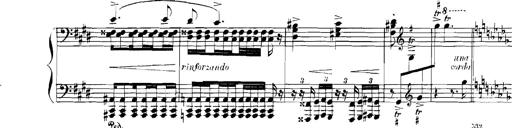
Title: Rhapsodies hongroises
Composer: Franz Liszt